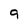
Character: 9